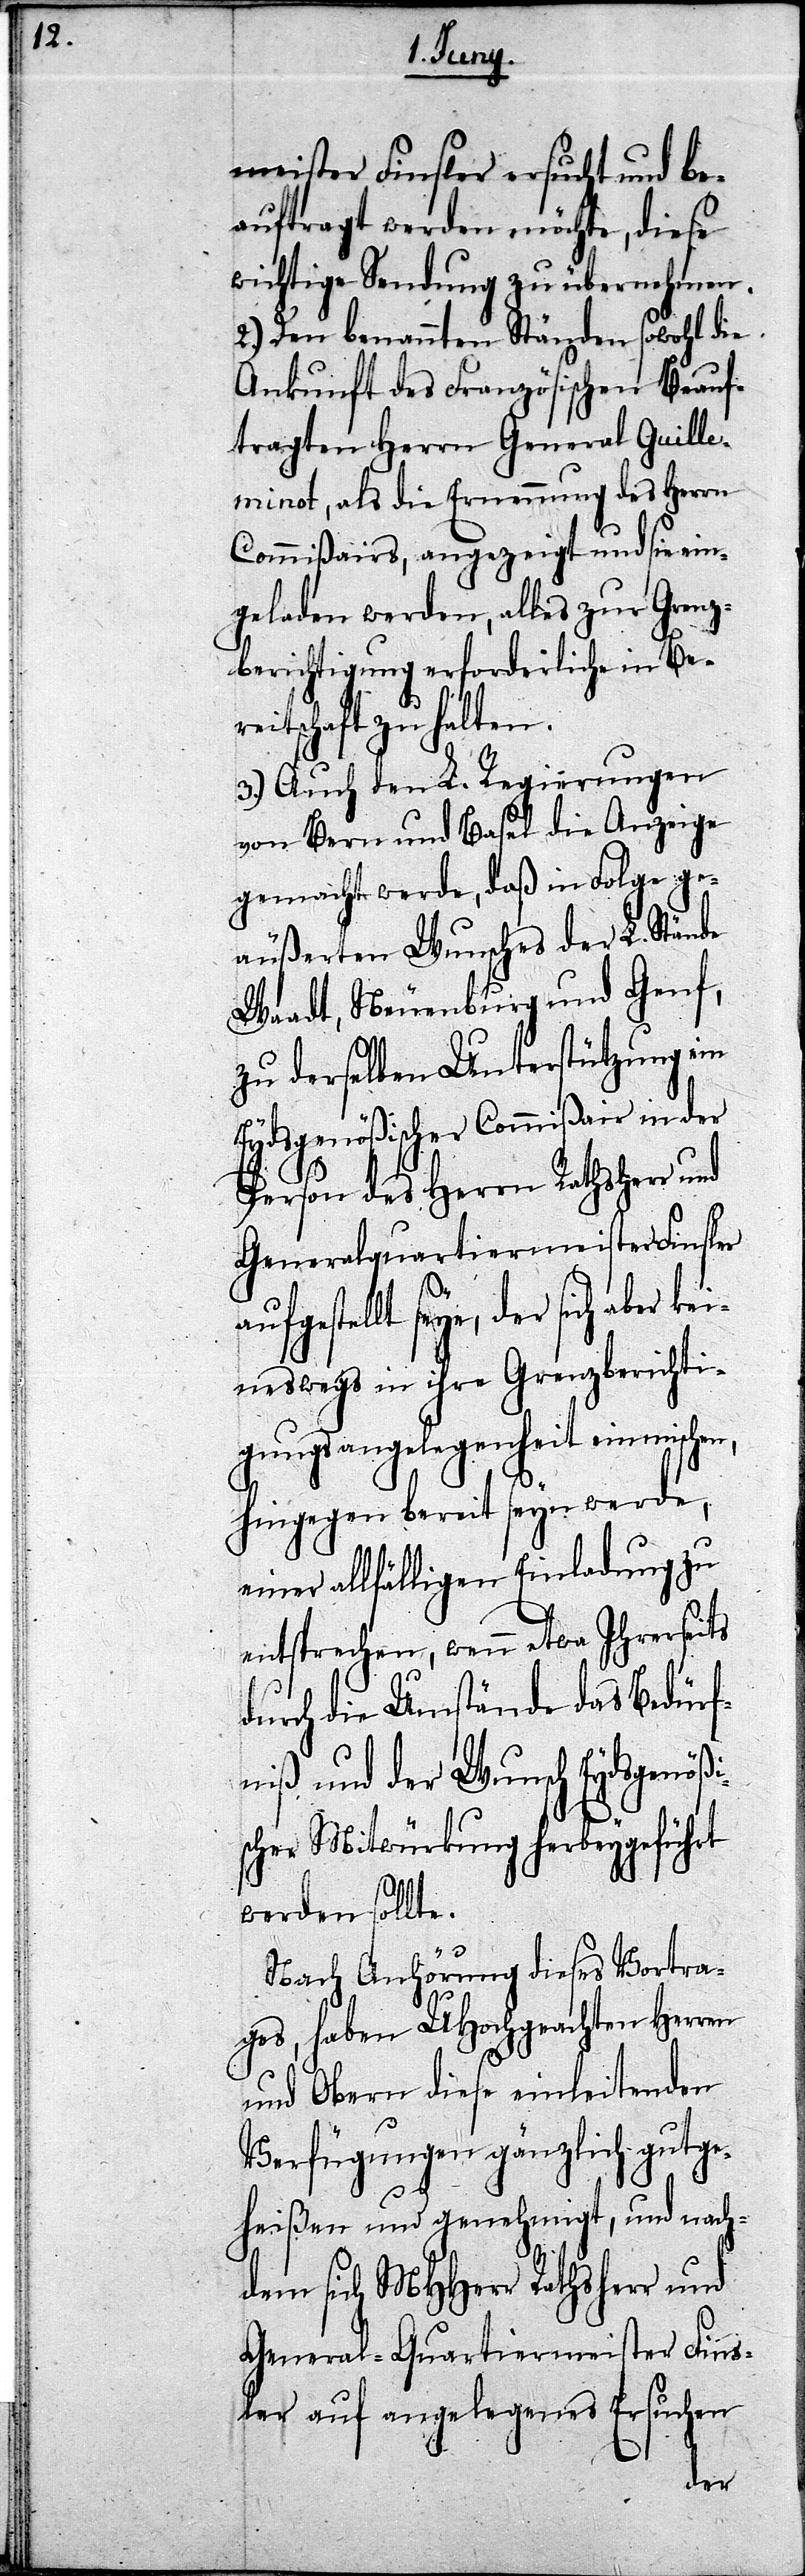
meister Finsler ersucht und be¬
auftragt werden möchte, diese
wichtige Sendung zu übernehmen.
2.) Den benannten Ständen sowohl die
Ankunft des Französischen Beauf¬
tragten Herrn General Guille¬
minot, als die Ernennung des Herrn
Commißairs, angezeigt und sie ein¬
geladen werden, alles zur Grenz¬
berichtigung erforderliche in Be¬
is¬
reitschaft zu halten.
3.) Auch den L. Regierungen
von Bern und Basel die Anzeige
gemacht werde, daß in Folge ge¬
äußerten Wunsches der L. Stände
Waadt, Neuenburg und Genf,
zu derselben Unterstützung ein
Eydsgenößischer Commißair in der
Person des Herrn Ratsherr und
Generalquartiermeister Finsler
ufgestellt seye, der sich aber
keineswegs in ihre Grenzberichti¬
gungsangelegenheit einmischen,
hingegen bereit seyn werde,
einer allfälligen Einladung zu
entsprechen, wenn etwa Ihrerseits
durch die Umstände das Bedürf¬
niß und der Wunsch Eydsgenöß¬
cher Mitwürkung herbeygeführt
werden sollte.
Nach Anhörung dieses Vortra¬
ges, haben UHochgeachten Herren
und Obern diese einleitenden
Verfügungen gänzlich gutge¬
a¬
heißen und genehmigt, und nach¬
dem sich MHHerr Rathsherr und
General-Quartiermeister Fins¬
ler auf angelegenes Ersuchen